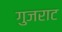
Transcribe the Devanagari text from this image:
गुजराट